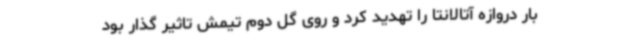
بار دروازه آتالانتا را تهدید کرد و روی گل دوم تیمش تاثیر گذار بود